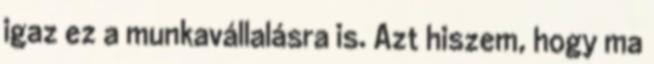
igaz ez a munkavállalásra is. Azt hiszem, hogy ma